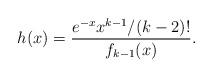
LaTeX: \begin{align*} h(x)=\frac{e^{-x}x^{k-1}/(k-2)!}{f_{k-1}(x)}. \end{align*}